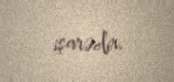
işarədir.